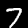
Label: 7